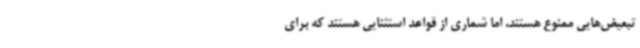
تبعیض‌هایی ممنوع هستند، اما شماری از قواعد استثنایی هستند که برای